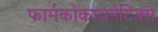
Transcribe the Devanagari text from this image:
फार्मकोकायनेटिक्स